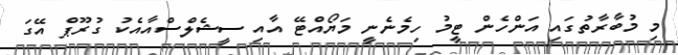
މި މުބާރާތުގައި އަންހެން ޓީމު ހިމެެނެނީ މަޔޯއްޓޭ އާއި ސީޝެލްސްއާއެކު ގުރޫޕް އޭގަ